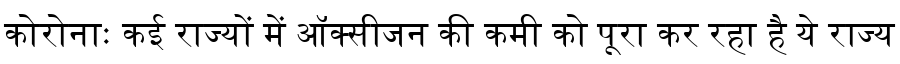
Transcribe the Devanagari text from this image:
कोरोनाः कई राज्यों में ऑक्सीजन की कमी को पूरा कर रहा है ये राज्य